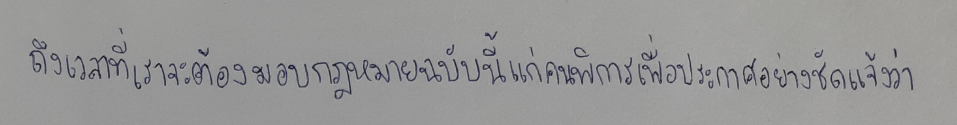
ถึงเวลาที่เราจะต้องมอบกฎหมายฉบับนี้แก่คนพิการเพื่อประกาศอย่างชัดแจ้งว่า